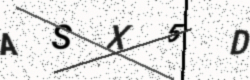
Text: ASX5D